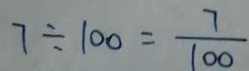
7 \div 1 0 0 = \frac { 7 } { 1 0 0 }